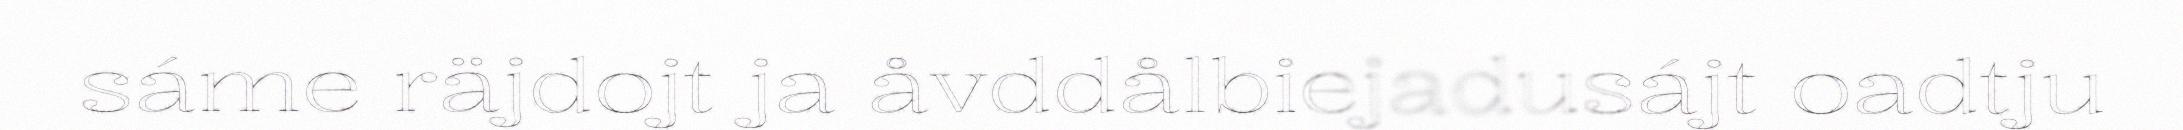
sáme räjdojt ja åvddålbiejadusájt oadtju